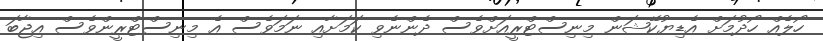
ހޯލެއް ހޯދުމަށް އެޑިޔުކޭޝަން މިނިސްޓްރީއަށްވެސް ދެންނެވި ކަމަށާއި ނަމަވެސް އެ މިނިސްޓްރީންވެސް އިޖާބަ